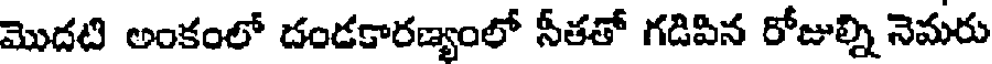
మొదటి అంకంలో దండకారణ్యంలో సీతతో గడిపిన రోజుల్ని నెమరు